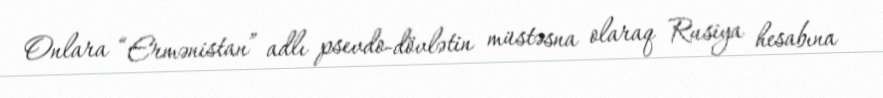
Onlara “Ermənistan” adlı psevdo-dövlətin müstəsna olaraq Rusiya hesabına